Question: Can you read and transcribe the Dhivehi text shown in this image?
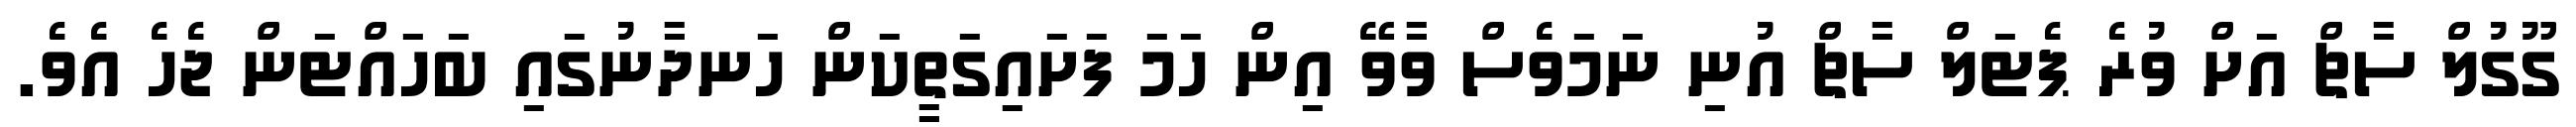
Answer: ގޫގުލް ސާޗް އަށް ވުރެ ޕެޓަލް ސާޗް އުނި ނަމަވެސް ވާވޭ އިން ހަމަ ފަށައިގަތީކަން ހަނދާނުގައި ބަހައްޓަން ޖެހެ އެވެ.